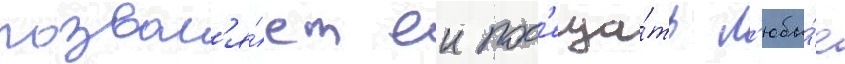
позвол'я́ет еи пос'еща́ть л'юбы́е